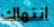
انتهاك